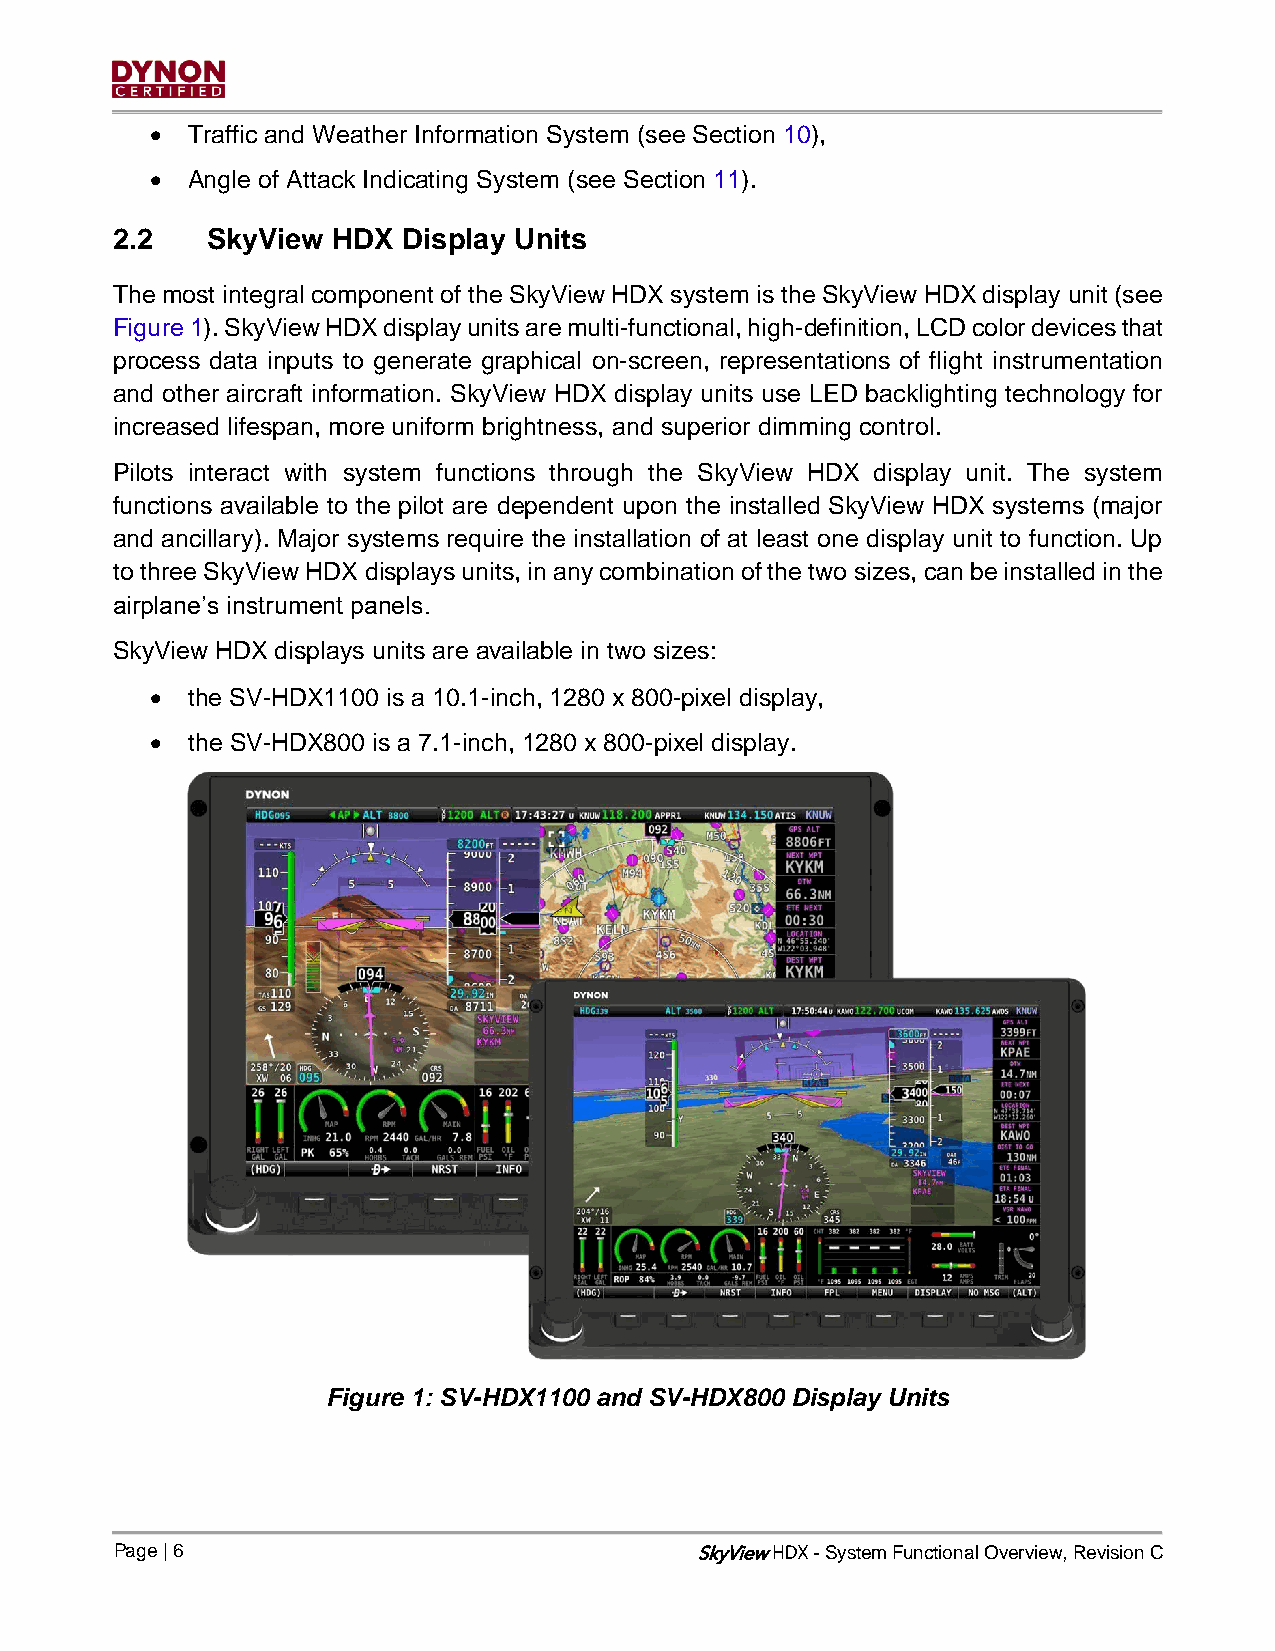
• Traffic and Weather Information System (see Section 10),
 • Angle of Attack Indicating System (see Section 11).
 2.2    SkyView HDX  Display Units
 The most integral component of the SkyView HDX system is the SkyView HDX display unit (see
 Figure 1). SkyView HDX display units are multi-functional, high-definition, LCD color devices that
 process data inputs to generate graphical on-screen, representations of flight instrumentation
 and other aircraft information. SkyView HDX display units use LED backlighting technology for
 increased lifespan, more uniform brightness, and superior dimming control.
 Pilots interact with system functions through the SkyView HDX display unit. The system
 functions available to the pilot are dependent upon the installed SkyView HDX systems (major
 and ancillary). Major systems require the installation of at least one display unit to function. Up
 to three SkyView HDX displays units, in any combination of the two sizes, can be installed in the
 airplane’s instrument panels.
 SkyView HDX displays units are available in two sizes:
 • the SV-HDX1100 is a 10.1-inch, 1280 x 800-pixel display,
 • the SV-HDX800 is a 7.1-inch, 1280 x 800-pixel display.
 Figure 1: SV-HDX1100 and SV-HDX800 Display Units
 Page | 6                              SkyView - System Functional Overview, Revision C